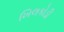
ખિલકોડી